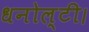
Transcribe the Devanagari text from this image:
धनोल्टी।